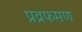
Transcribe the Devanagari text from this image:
प्रव्रफमण